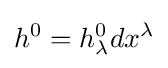
h^{0}=h_{\lambda }^{0}dx^{\lambda }